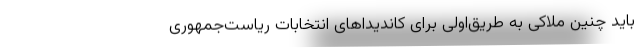
باید چنین ملاکی به طریق‌اولی برای کاندیداهای انتخابات ریاست‌جمهوری